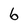
Character: 6